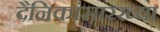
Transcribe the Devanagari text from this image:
दैनिकांसारख्या